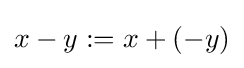
x-y:=x+(-y)